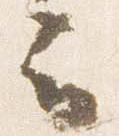
云